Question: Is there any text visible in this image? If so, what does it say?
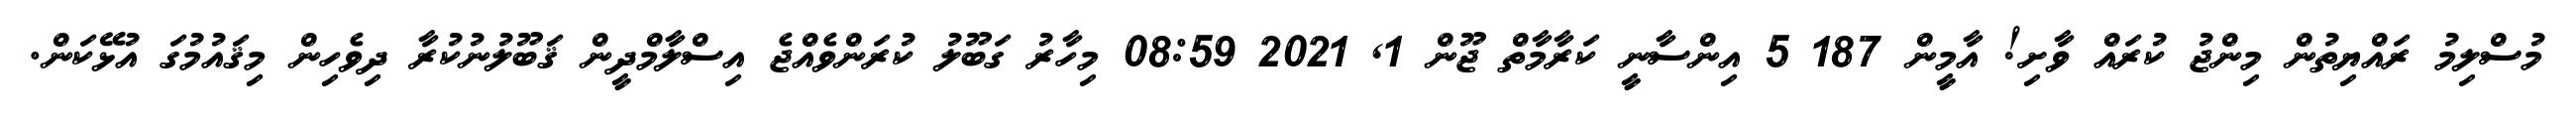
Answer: މުސްލިމު ރައްޔިތުން މިންޖު ކުރައް ވާށި! އާމީން 187 5 އިންސާނީ ކަރާމާތް ޖޫން 1, 2021 08:59 މިހާރު ގަބޫލު ކުރަންވެއްޖެ އިސްލާމްދީން ޤަބޫލުނުކުރާ ދިވެހިން މިޤައުމުގަ އުޅޭކަން.